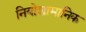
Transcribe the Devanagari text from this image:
नियोशामानिक